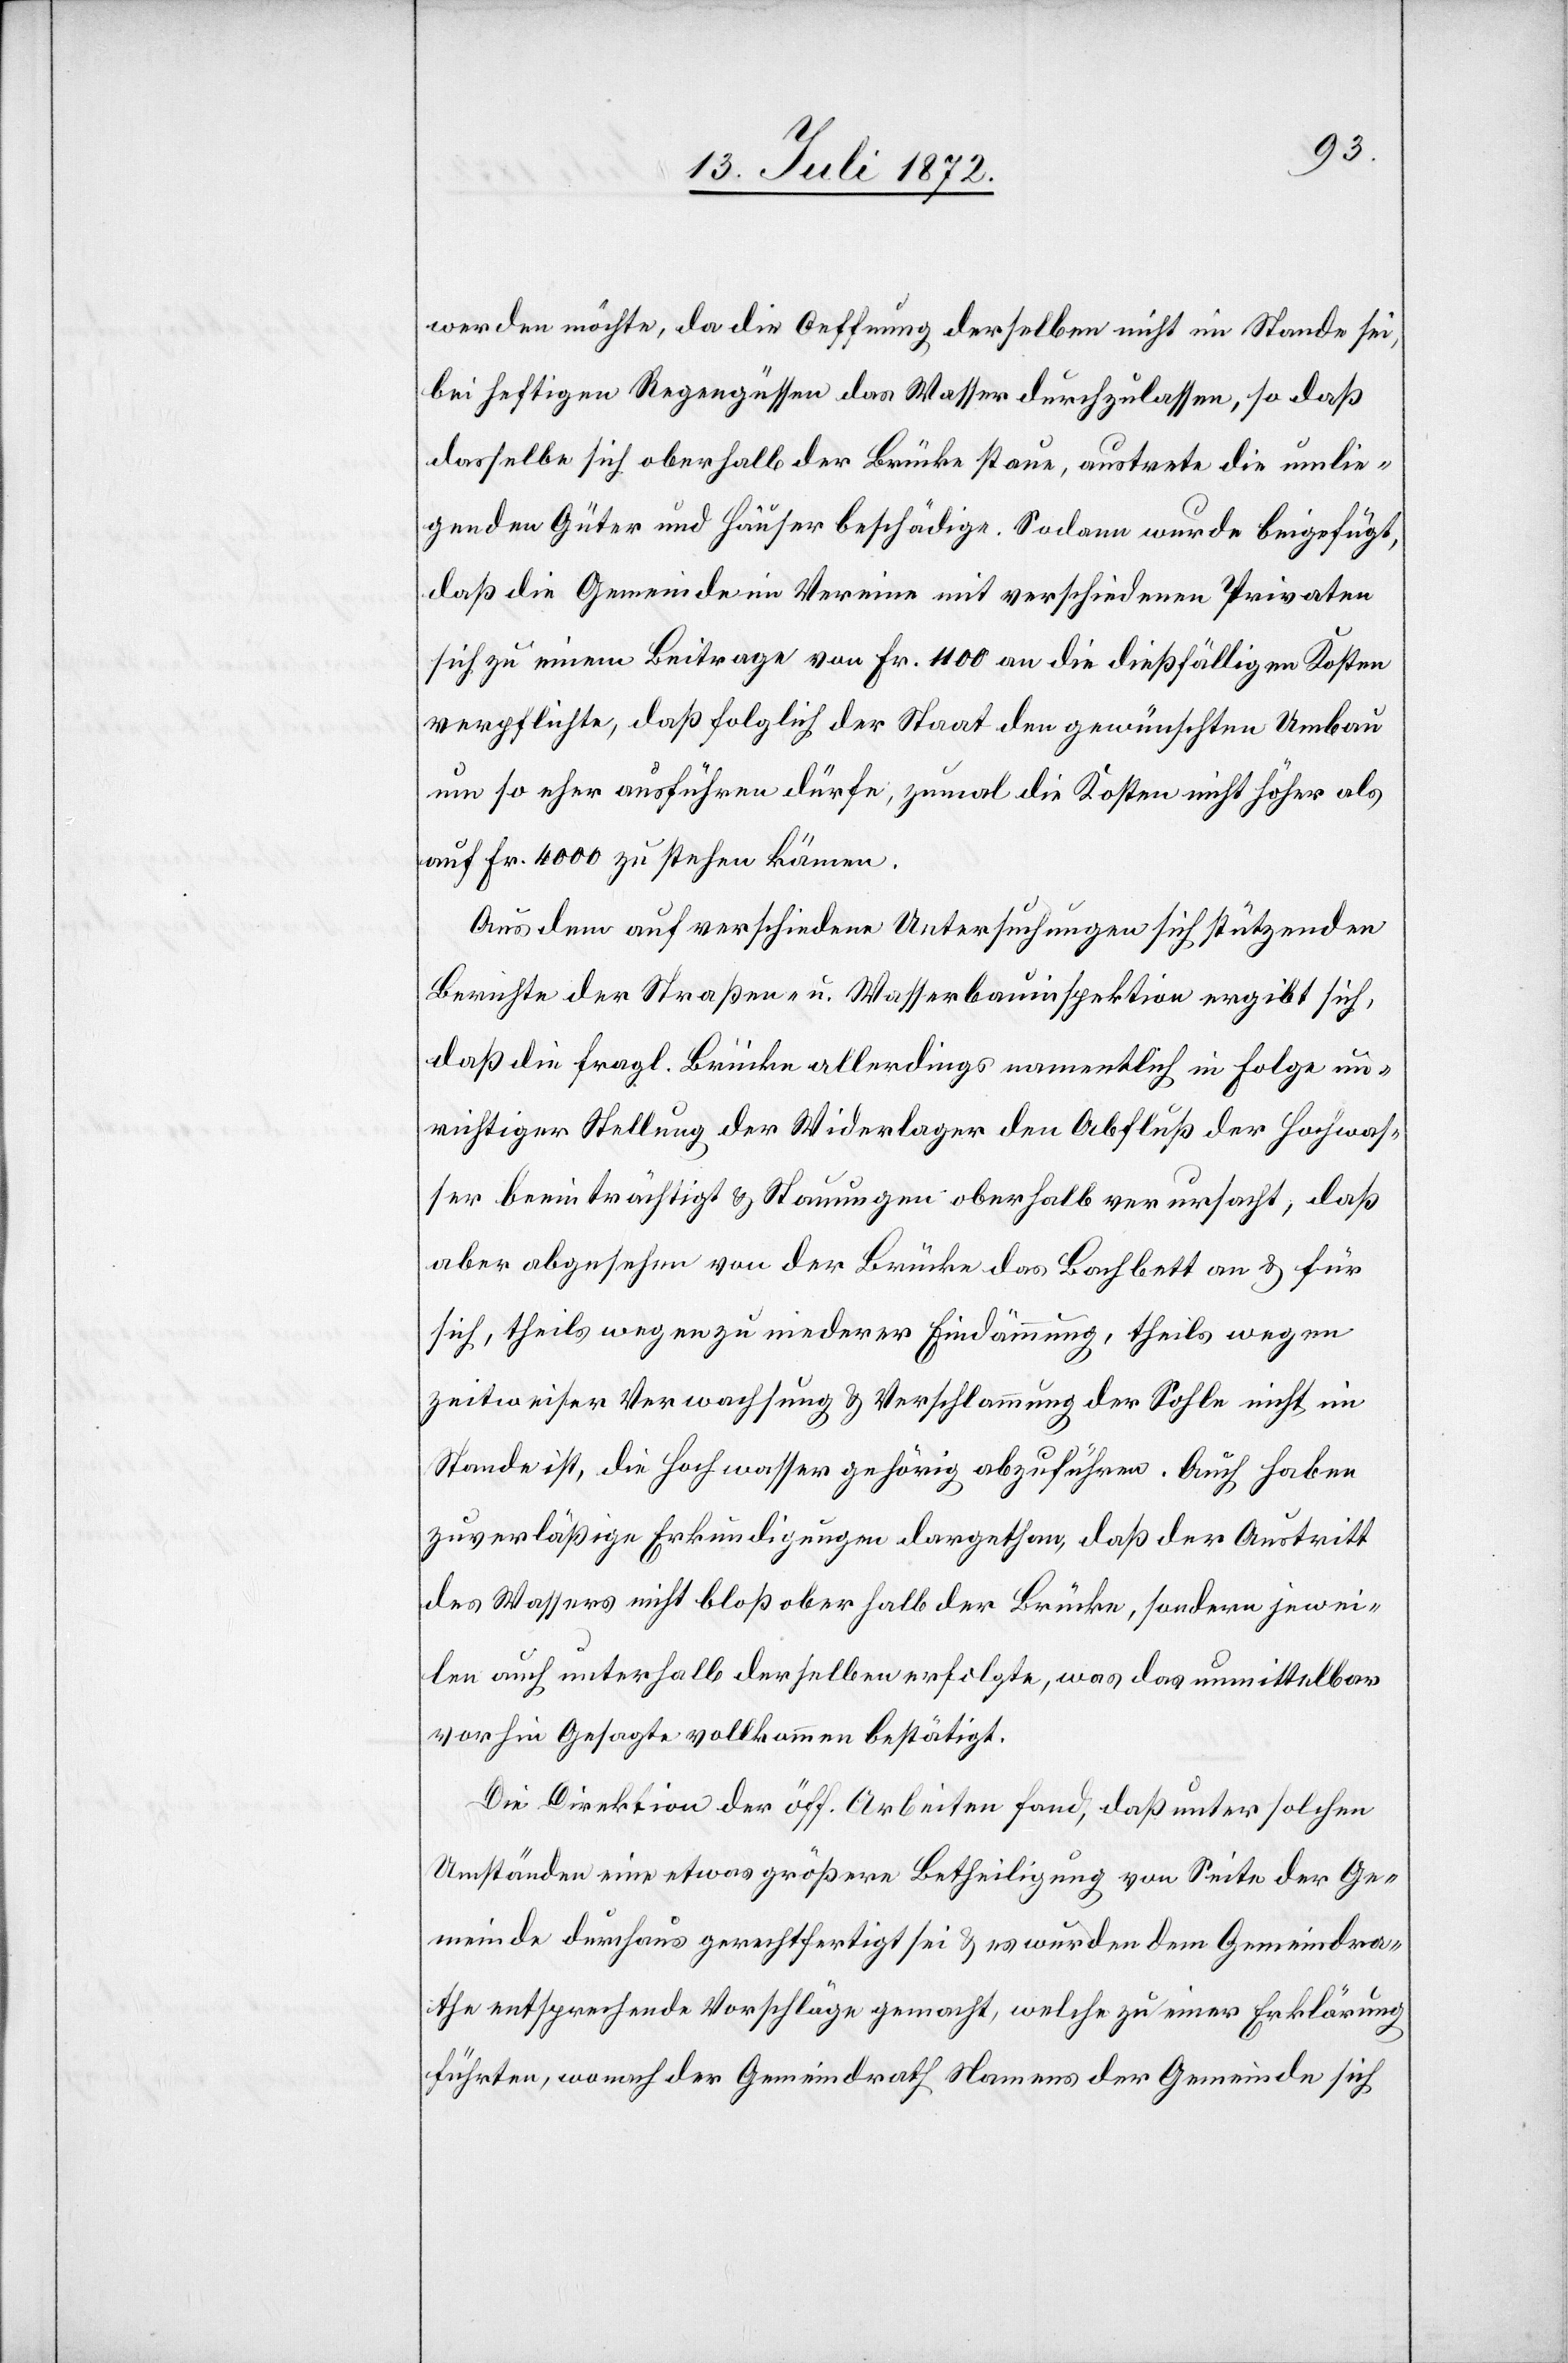
werden möchte, da die Oeffnung derselben nicht im Stande sei,
bei heftigen Regengüssen das Wasser durchzulassen, so daß
dasselbe sich oberhalb der Brücke staue, austrete [und] die umlie¬
genden Güter und Häuser beschädige. Sodann wurde beigefügt,
daß die Gemeinde im Vereine mit verschiedenen Privaten
sich zu einem Beitrage von Fr. 1100 an die dießfälligen Kosten
verpflichte, daß folglich der Staat den gewünschten Umbau
umso eher ausführen dürfe, zumal die Kosten nicht höher als
auf Fr. 4000 zu stehen kämen.
Aus dem auf verschiedene Untersuchungen sich stützenden
Berichte der Straßen- u. Wasserbauinspektion ergibt sich,
daß die fragl. Brücke allerdings namentlich in Folge un¬
richtiger Stellung der Widerlager den Abfluß der Hochwas¬
ser beeinträchtigt u. Stauungen oberhalb verursacht, daß
aber abgesehen von der Brücke das Bachbett an u. für
sich, theils wegen zu niederer Eindämmung, theils wegen
zeitweiser Verwachsung u. Verschlammung der Sohle nicht im
Stande ist, die Hochwasser gehörig abzuführen. Auch haben
zuverläßige Erkundigungen dargethan, daß der Austritt
des Wassers nicht bloß oberhalb der Brücke, sondern jewei¬
len auch unterhalb derselben erfolgte, was das unmittelbar
vorhin Gesagte vollkommen bestätigt.
Die Direktion der öff. Arbeiten fand, daß unter solchen
Umständen eine etwas größere Betheiligung von Seite der Ge¬
meinde durchaus gerechtfertigt sei u. es wurden dem Gemeindra¬
the entsprechende Vorschläge gemacht, welche zu einer Erklärung
führten, wonach der Gemeindrath Namens der Gemeinde sich